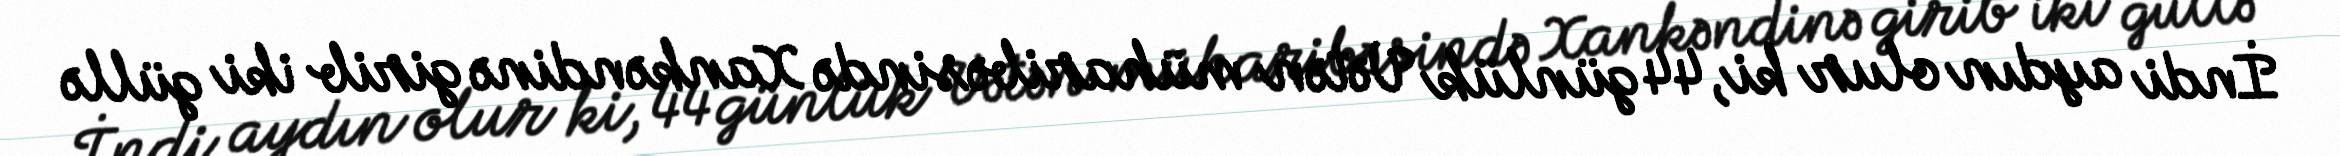
İndi aydın olur ki, 44 günlük Vətən müharibəsində Xankəndinə girib iki güllə